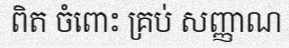
ពិត ចំពោះ គ្រប់ សញ្ញាណ